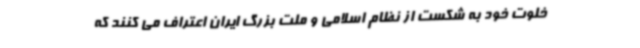
خلوت خود به شکست از نظام اسلامی و ملت بزرگ ایران اعتراف می کنند که